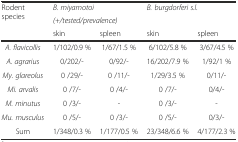
| <ROWSPAN=3> Rodent species | <COLSPAN=2> B. miyamotoi | <COLSPAN=2> B. burgdorferi s.l. |
 | <COLSPAN=4> (+/tested/prevalence) |
 | skin | spleen | skin | spleen |
 | --- | --- | --- | --- | --- |
 | A. flavicollis | 1/102/0.9 % | 1/67/1.5 % | 6/102/5.8 % | 3/67/4.5 % |
 | A. agrarius | 0/202/- | 0/92/- | 16/202/7.9 % | 1/92/1 % |
 | My. glareolus | 0 /29/- | 0 /11/- | 1/29/3.5 % | 0/11/- |
 | Mi. arvalis | 0 /7/- | 0 /4/- | 0 /7/- | 0/4/- |
 | M. minutus | 0 /3/- | - | 0 /3/- | - |
 | Mu. musculus | 0 /5/- | 0 /3/- | 0 /5/- | 0/3/- |
 | Sum | 1/348/0.3 % | 1/177/0.5 % | 23/348/6.6 % | 4/177/2.3 % |